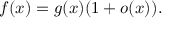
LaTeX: f ( x ) = g ( x ) ( 1 + o ( x ) ) .